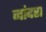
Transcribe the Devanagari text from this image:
नांदरा